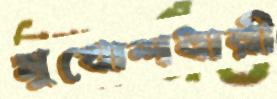
মুখোশধারী